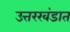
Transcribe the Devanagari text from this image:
उत्तरखंडात